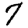
Digit: 7